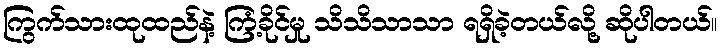
ကြွက်သားထုထည်နဲ့ ကြံ့ခိုင်မှု သိသိသာသာ ရရှိခဲ့တယ်လို့ ဆိုပါတယ်။